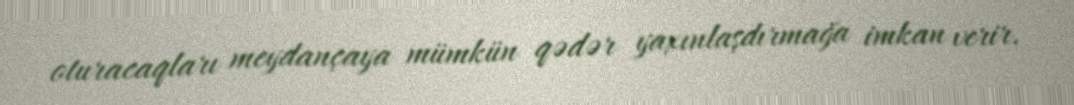
oturacaqları meydançaya mümkün qədər yaxınlaşdırmağa imkan verir.